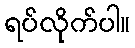
ရပ်လိုက်ပါ။